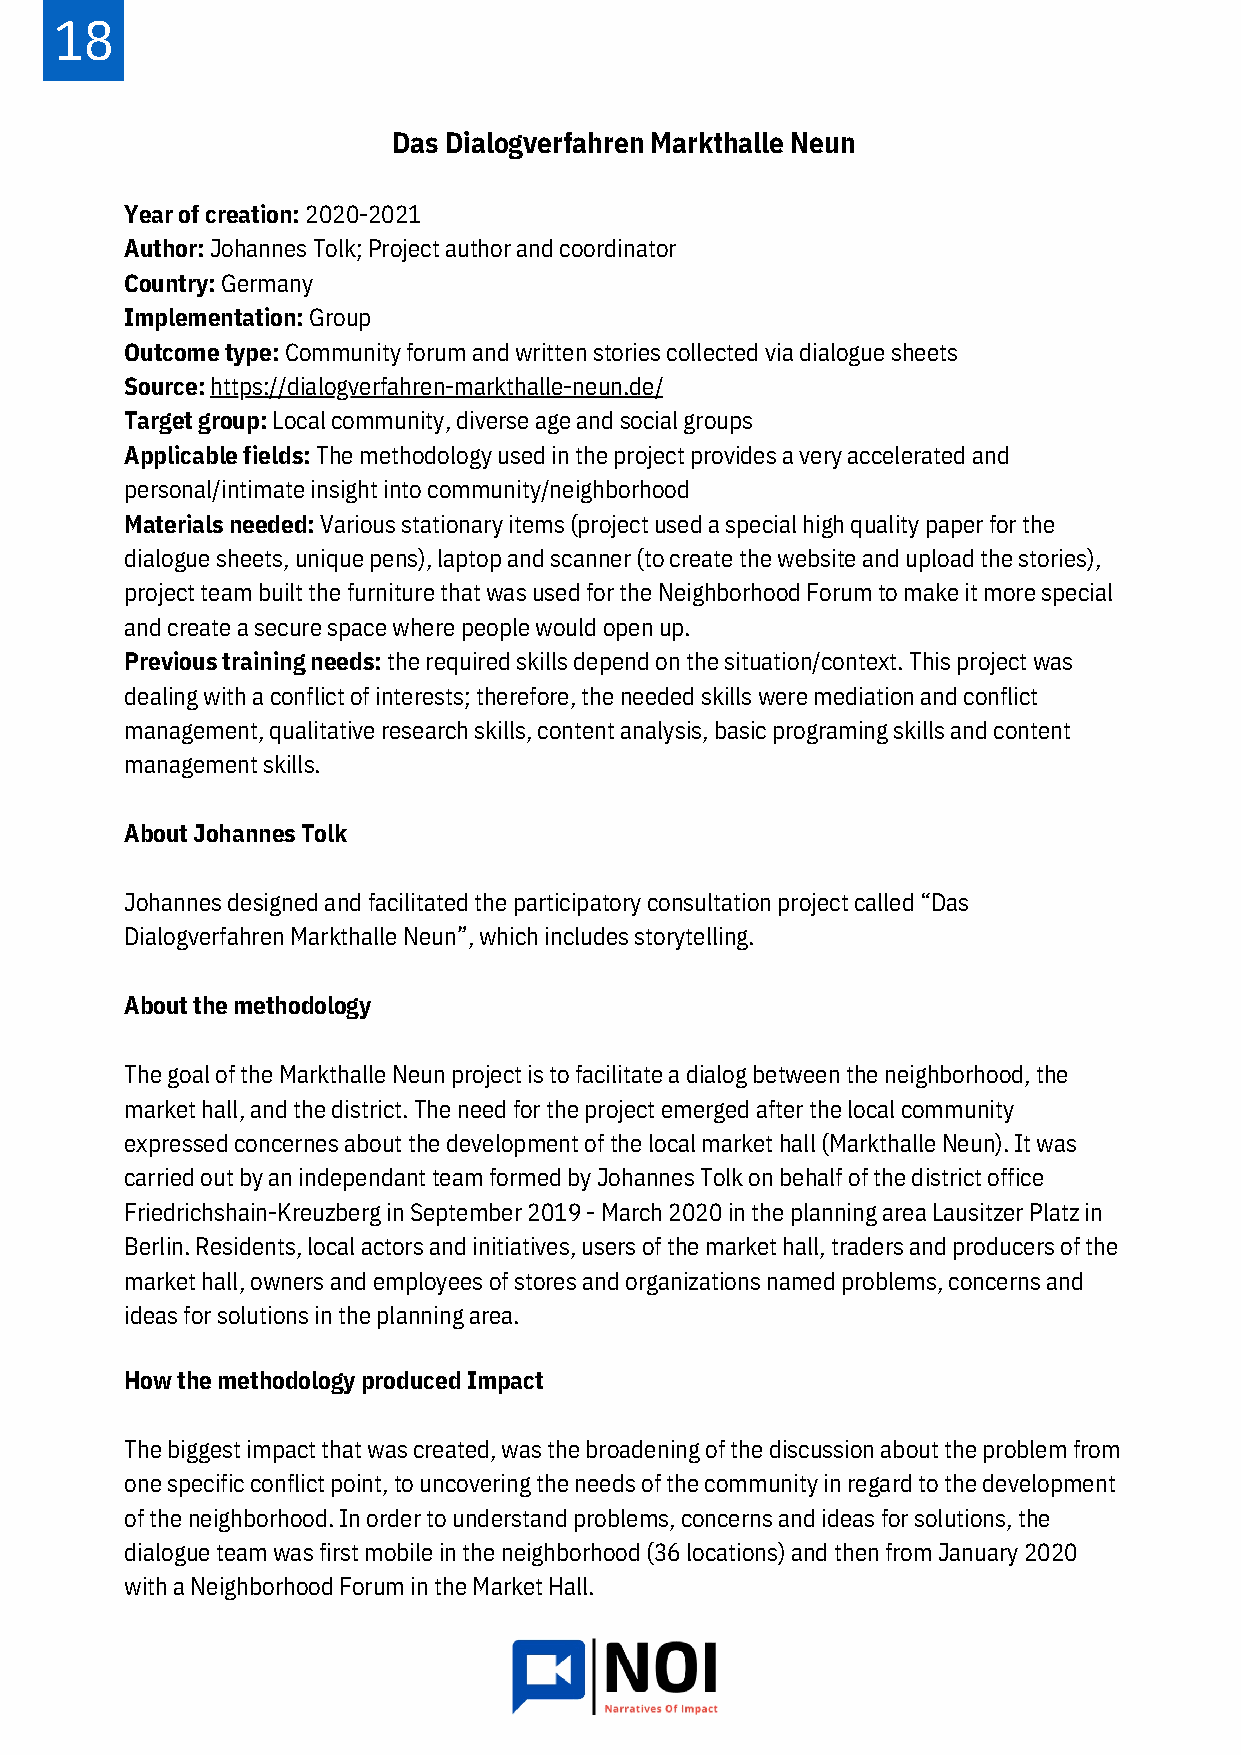
18
 Das Dialogverfahren Markthalle Neun
 Year of creation: 2020-2021
 Author: Johannes Tolk; Project author and coordinator
 Country: Germany
 Implementation: Group
 Outcome type: Community forum and written stories collected via dialogue sheets
 Source: https://dialogverfahren-markthalle-neun.de/
 Target group: Local community, diverse age and social groups
 Applicable fields: The methodology used in the project provides a very accelerated and
 personal/intimate insight into community/neighborhood
 Materials needed: Various stationary items (project used a special high quality paper for the
 dialogue sheets, unique pens), laptop and scanner (to create the website and upload the stories),
 project team built the furniture that was used for the Neighborhood Forum to make it more special
 and create a secure space where people would open up.
 Previous training needs: the required skills depend on the situation/context. This project was
 dealing with a conflict of interests; therefore, the needed skills were mediation and conflict
 management, qualitative research skills, content analysis, basic programing skills and content
 management skills.
 About Johannes Tolk
 Johannes designed and facilitated the participatory consultation project called “Das
 Dialogverfahren Markthalle Neun”, which includes storytelling.
 About the methodology
 The goal of the Markthalle Neun project is to facilitate a dialog between the neighborhood, the
 market hall, and the district. The need for the project emerged after the local community
 expressed concernes about the development of the local market hall (Markthalle Neun). It was
 carried out by an independant team formed by Johannes Tolk on behalf of the district office
 Friedrichshain-Kreuzberg in September 2019 - March 2020 in the planning area Lausitzer Platz in
 Berlin. Residents, local actors and initiatives, users of the market hall, traders and producers of the
 market hall, owners and employees of stores and organizations named problems, concerns and
 ideas for solutions in the planning area.
 How the methodology produced Impact
 The biggest impact that was created, was the broadening of the discussion about the problem from
 one specific conflict point, to uncovering the needs of the community in regard to the development
 of the neighborhood. In order to understand problems, concerns and ideas for solutions, the
 dialogue team was first mobile in the neighborhood (36 locations) and then from January 2020
 with a Neighborhood Forum in the Market Hall.